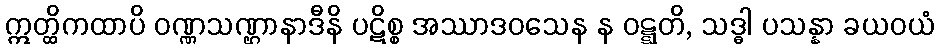
ဣတ္ထိကထာပိ ဝဏ္ဏသဏ္ဌာနာဒီနိ ပဋိစ္စ အဿာဒဝသေန န ဝဋ္ဋတိ, သဒ္ဓါ ပသန္နာ ခယဝယံ